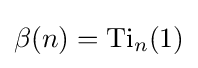
\beta (n)={\text{Ti}}_{n}(1)